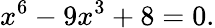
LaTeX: x^{6}-9x^{3}+8=0.